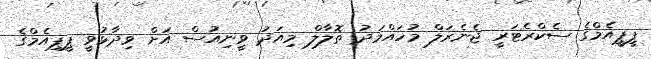
ޕީޕީއެމްގެ ސެކްރެޓަރީ ޖެނެރަލް މުހައްމަދު ތޮލާލް މިއަދު ވީނިއުސް އަށް ވިދާޅުވީ ޕީޕިއެމްގެ